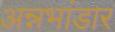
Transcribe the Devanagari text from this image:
अन्नभांडार